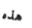
هذه